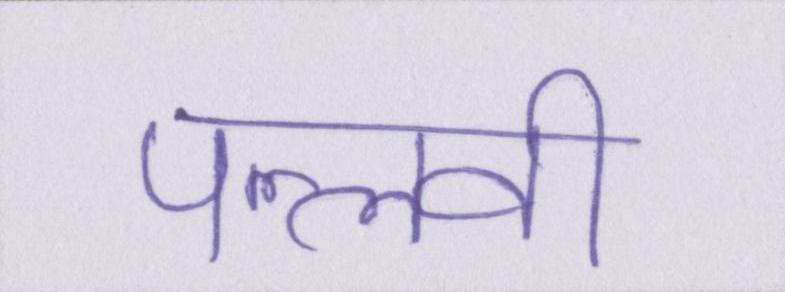
पल्लवी